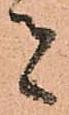
者